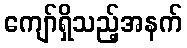
ကျော်ရှိသည့်အနက်